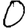
Digit: 0